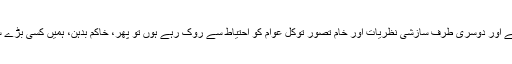
جب ایک طرف شعور کی کمی ہے اور دوسری طرف سازشی نظریات اور خام تصورِ توکل عوام کو احتیاط سے روک رہے ہوں تو پھر، خاکم بدہن، ہمیں کسی بڑے سانحے کے لیے تیار رہنا چاہیے۔